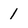
Character: 1